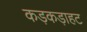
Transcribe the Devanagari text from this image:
कड़कड़ाहट